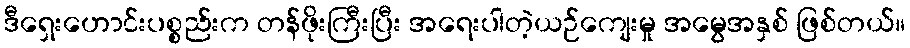
ဒီရှေးဟောင်းပစ္စည်းက တန်ဖိုးကြီးပြီး အရေးပါတဲ့ယဉ်ကျေးမှု အမွေအနှစ် ဖြစ်တယ်။